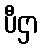
ပီဌာ